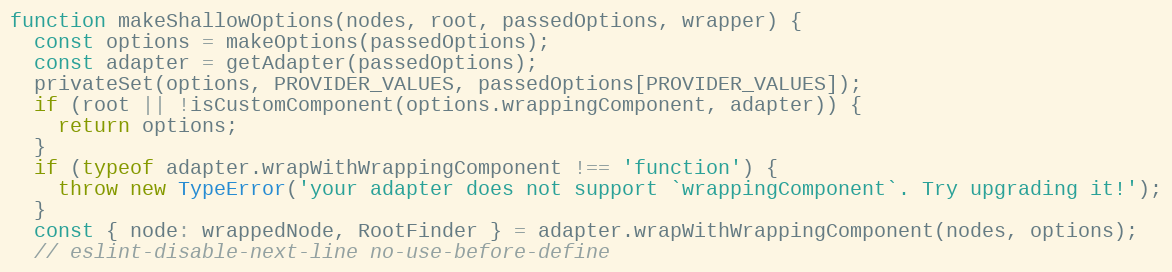
Language: JavaScript
function makeShallowOptions(nodes, root, passedOptions, wrapper) {
  const options = makeOptions(passedOptions);
  const adapter = getAdapter(passedOptions);
  privateSet(options, PROVIDER_VALUES, passedOptions[PROVIDER_VALUES]);
  if (root || !isCustomComponent(options.wrappingComponent, adapter)) {
    return options;
  }
  if (typeof adapter.wrapWithWrappingComponent !== 'function') {
    throw new TypeError('your adapter does not support `wrappingComponent`. Try upgrading it!');
  }
  const { node: wrappedNode, RootFinder } = adapter.wrapWithWrappingComponent(nodes, options);
  // eslint-disable-next-line no-use-before-define